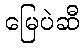
မြေပဲဆီ